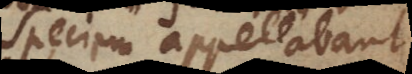
Speciem appellabant.